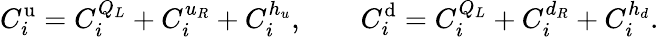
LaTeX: C_{i}^{\mathrm{u}}=C_{i}^{Q_{L}}+C_{i}^{u_{R}}+C_{i}^{h_{u}},\qquad C_{i}^{\mathrm{d}}=C_{i}^{Q_{L}}+C_{i}^{d_{R}}+C_{i}^{h_{d}}.